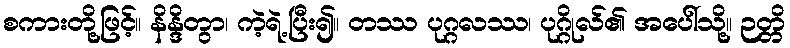
စကားတို့ဖြင့်။ နိန္ဒိတွာ၊ ကဲ့ရဲ့ပြီး၍။ တဿ ပုဂ္ဂလဿ၊ ပုဂ္ဂိုလ်၏ အပေါ်သို့။ ဉတ္တိ